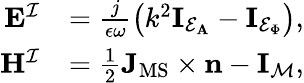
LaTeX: \begin{array}{rl}{\mathbf{E}^{\mathcal{I}}}&{=\frac{j}{\epsilon\omega}\big(k^{2}\mathbf{I}_{\mathcal{E}_{\mathbf{A}}}-\mathbf{I}_{\mathcal{E}_{\Phi}}\big),}\\ {\mathbf{H}^{\mathcal{I}}}&{=\frac{1}{2}\mathbf{J}_{\mathrm{MS}}\times\mathbf{n}-\mathbf{I}_{\mathcal{M}},}\end{array}